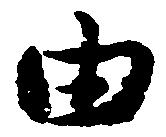
由